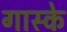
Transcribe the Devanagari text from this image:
गास्के